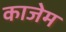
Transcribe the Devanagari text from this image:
काजेम